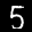
Label: 5